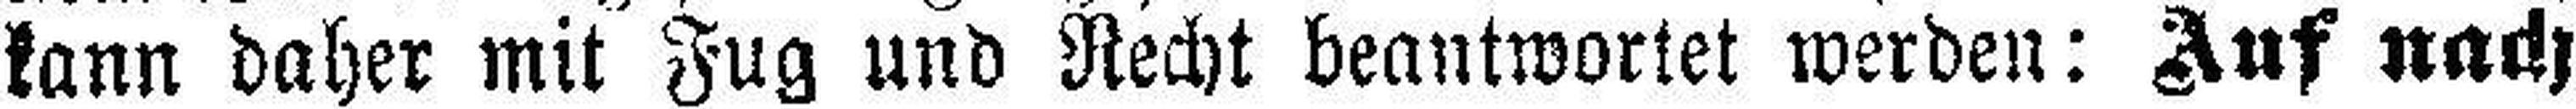
kann daher mit Fug und Recht beantwortet werden: Auf nach